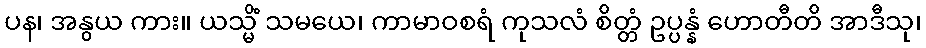
ပန၊ အနွယ ကား။ ယသ္မိံ သမယေ၊ ကာမာဝစရံ ကုသလံ စိတ္တံ ဥပ္ပန္နံ ဟောတီတိ အာဒီသု၊